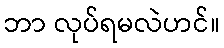
ဘာ လုပ်ရမလဲဟင်။